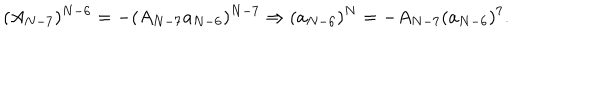
LaTeX: ( A _ { N - 7 } ) ^ { N - 6 } = - ( A _ { N - 7 } a _ { N - 6 } ) ^ { N - 7 } \Rightarrow ( a _ { N - 6 } ) ^ { N } = - A _ { N - 7 } ( a _ { N - 6 } ) ^ { 7 } .